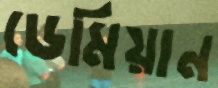
ডেমিয়ান